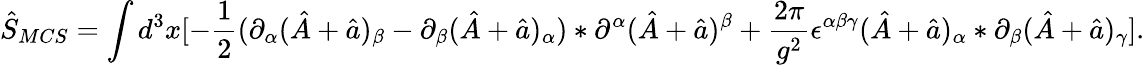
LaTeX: \hat{S}_{MCS}=\int d^{3}x[-\frac{1}{2}(\partial_{\alpha}(\hat{A}+\hat{a})_{\beta}-\partial_{\beta}(\hat{A}+\hat{a})_{\alpha})*\partial^{\alpha}(\hat{A}+\hat{a})^{\beta}+\frac{2\pi}{g^{2}}\epsilon^{\alpha\beta\gamma}(\hat{A}+\hat{a})_{\alpha}*\partial_{\beta}(\hat{A}+\hat{a})_{\gamma}].